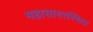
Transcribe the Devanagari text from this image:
महासागरस्थित